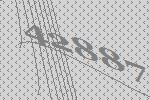
42887